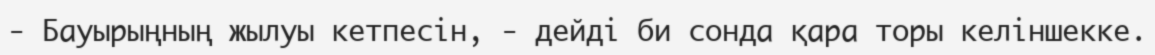
-	Бауырыңның жылуы кетпесін, - дейді би сонда қара торы келіншекке.